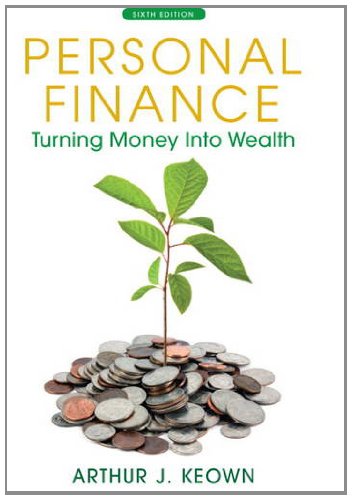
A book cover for Personal Finance: Turning Money into Wealth (6th Edition) (The Prentice Hall Series in Finance); Arthur J. Keown; Business & Money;